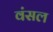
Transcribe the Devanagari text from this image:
वंसल